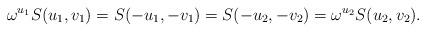
LaTeX: \begin{align*}\omega^{u_1}S(u_1,v_1)=S(-u_1,-v_1)=S(-u_2,-v_2)=\omega^{u_2}S(u_2,v_2).\end{align*}